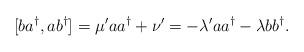
LaTeX: \begin{align*} [ba^{\dagger},ab^{\dagger}] = \mu' aa^{\dagger}+\nu' = -\lambda'aa^{\dagger} - \lambda bb^{\dagger}.\end{align*}